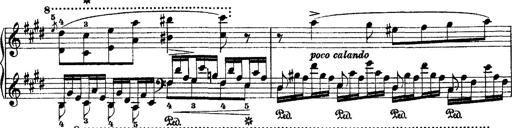
Title: 2 KonzertetÃ¼den
Composer: Franz Liszt